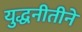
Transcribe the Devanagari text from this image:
युद्धनीतीने